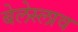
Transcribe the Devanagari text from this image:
बेलेस्लाव